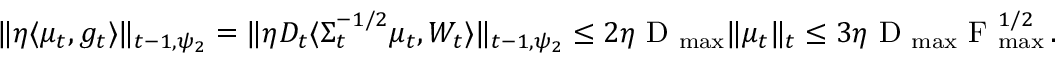
\begin{array} { r } { \Vert \eta \langle \mu _ { t } , g _ { t } \rangle \Vert _ { t - 1 , \psi _ { 2 } } = \Vert \eta D _ { t } \langle \Sigma _ { t } ^ { - 1 / 2 } \mu _ { t } , W _ { t } \rangle \Vert _ { t - 1 , \psi _ { 2 } } \leq 2 \eta \textrm { D } _ { \operatorname* { m a x } } \Vert \mu _ { t } \Vert _ { t } \leq 3 \eta \textrm { D } _ { \operatorname* { m a x } } \textrm { F } _ { \operatorname* { m a x } } ^ { 1 / 2 } \, . } \end{array}